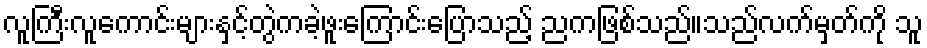
လူကြီးလူကောင်းများနှင့်တွဲကခဲ့ဖူးကြောင်းပြောသည့် ညကဖြစ်သည်။သည်လက်မှတ်ကို သူ